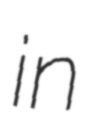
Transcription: in